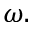
\omega .